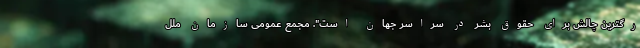
رگترین چالش برای حقوق بشر در سراسر جهان است". مجمع عمومی سازمان ملل